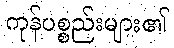
ကုန်ပစ္စည်းများ၏